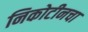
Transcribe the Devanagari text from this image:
निकोटीनचा